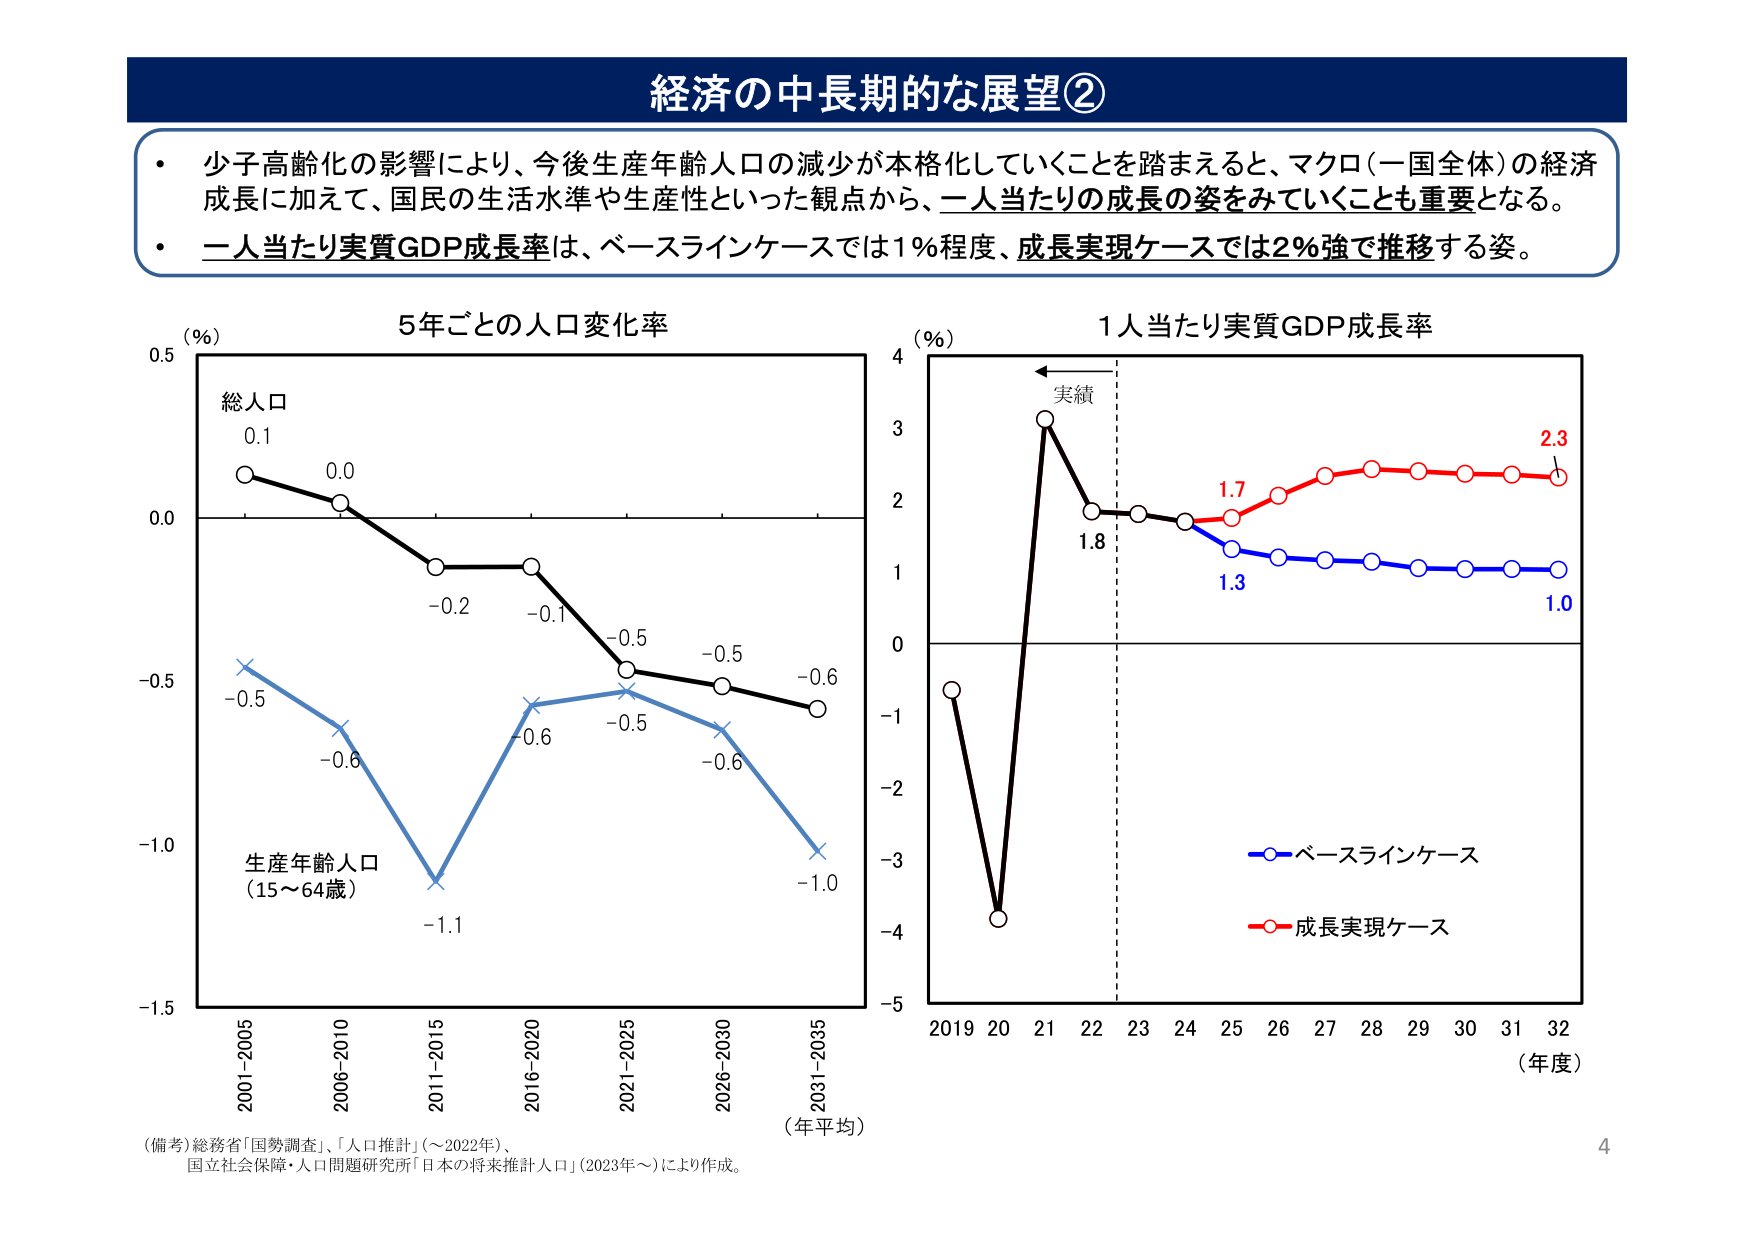
経済の中長期的な展望②

・少子高齢化の影響により、今後生産年齢人口の減少が本格化していくことを踏まえると、マクロ（一国全体）の経済成長に加えて、国民の生活水準や生産性といった観点から、一人当たりの成長の姿をみていくことも重要となる。
・一人当たり実質GDP成長率は、ベースラインケースでは1％程度、成長実現ケースでは2％強で推移する姿。

5年ごとの人口変化率
（％）
総人口
0.1
0.0
-0.2
-0.1
-0.5
-0.5
-0.6
生産年齢人口
（15～64歳）
-0.5
-0.6
-1.1
-0.6
-0.5
-0.6
-1.0
2001-2005
2006-2010
2011-2015
2016-2020
2021-2025
2026-2030
2031-2035
（年平均）

1人当たり実質GDP成長率
（％）
実績
3
2
1
0
-1
-2
-3
-4
-5
1.8
1.7
1.3
2.3
1.0
2019 20 21 22 23 24 25 26 27 28 29 30 31 32
（年度）
○ベースラインケース
○成長実現ケース

（備考）総務省「国勢調査」、「人口推計」（～2022年）、
国立社会保障・人口問題研究所「日本の将来推計人口」（2023年～）により作成。

4